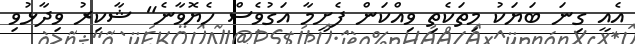
އެއީ ގިނަ ބަޔަކު މިތަކެތި ވިއްކަން ފެށީމާ އަގުވެސް ހެޔޮވާނެ" ޝާކިރު ވިދާޅުވި